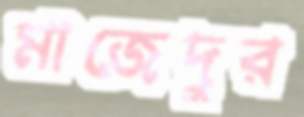
মাজেদুর